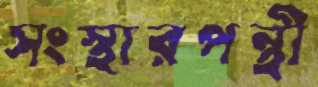
সংস্থারপন্থী